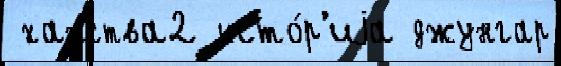
 ханства2 исто́р'иjа джунгар